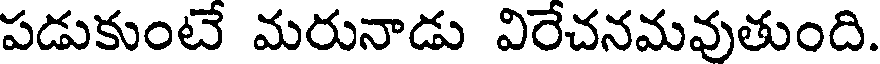
పడుకుంటే మరునాడు విరేచనమవుతుంది.